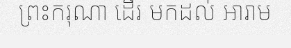
ព្រះករុណា ដើរ មកដល់ អារាម